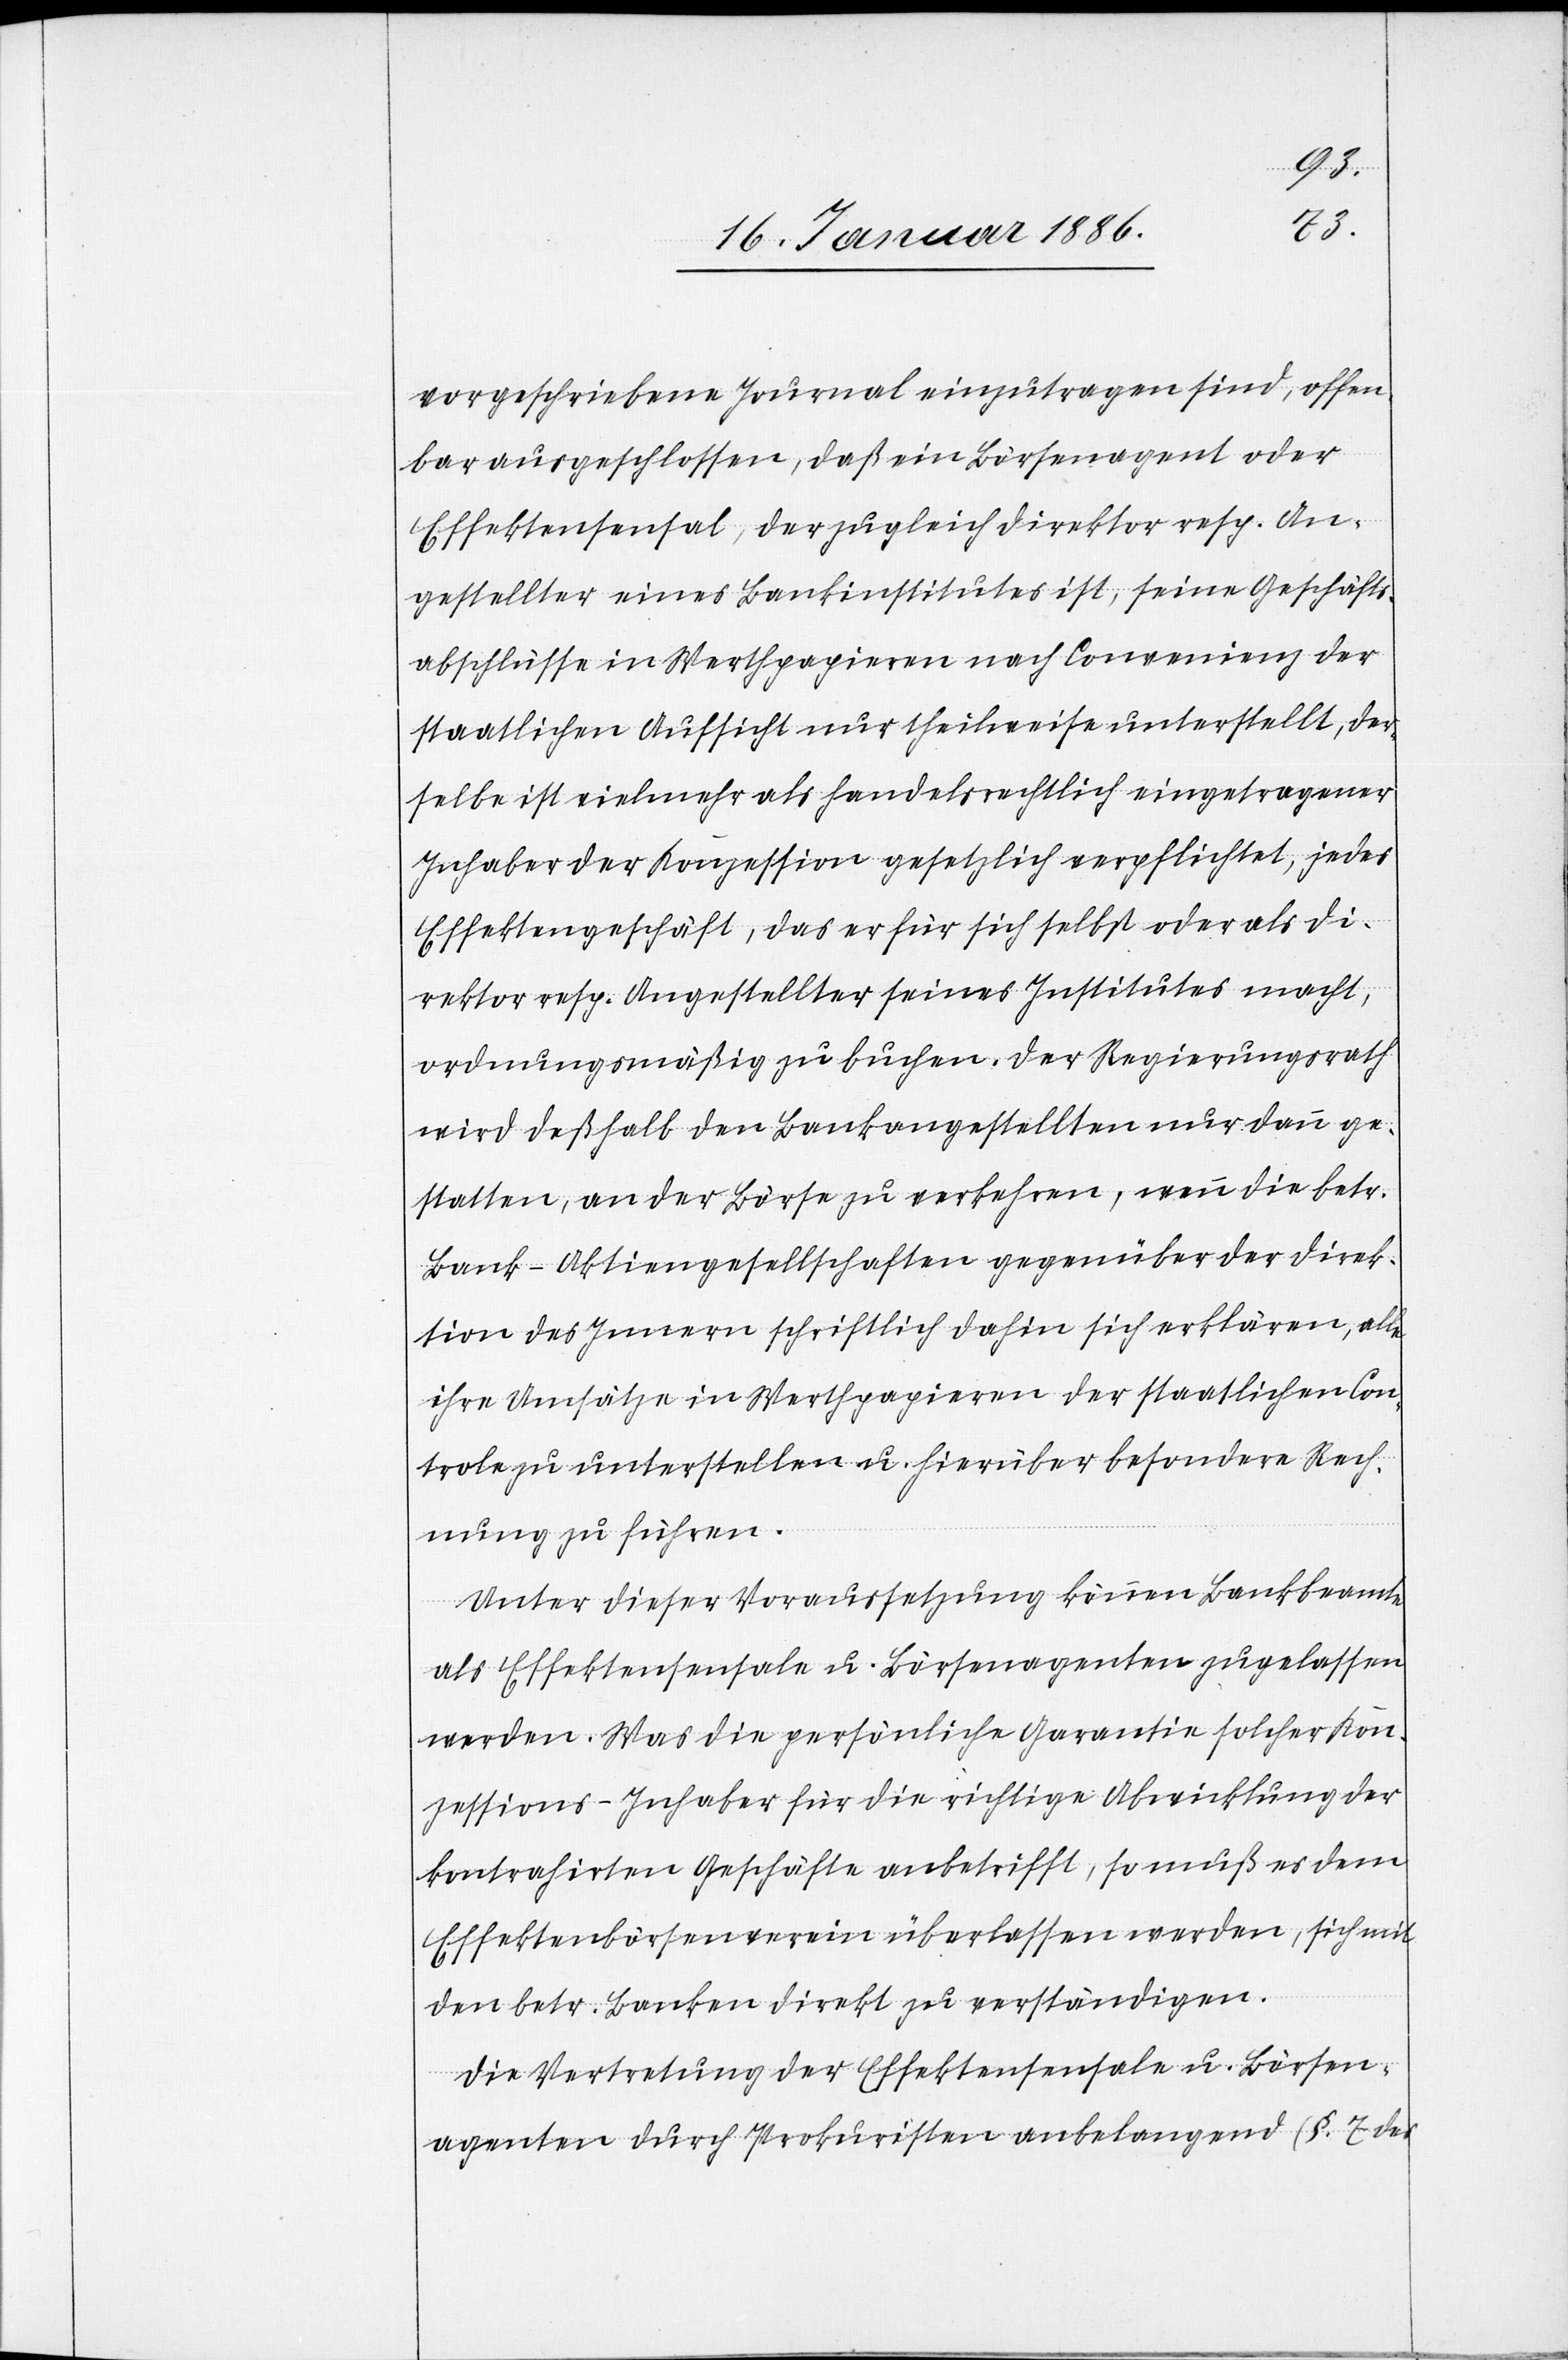
vorgeschriebene Journal einzutragen sind, offen¬
bar ausgeschlossen, daß ein Börsenagent oder
Effektensensal, der zugleich Direktor resp. An¬
gestellter eines Bankinstitutes ist, seinen Geschäfts¬
abschlüsse in Werthpapieren nach Convenienz der
staatlichen Aufsicht nur theilweise unterstellt, der¬
selbe ist vielmehr als handelsrechtlich eingetragener
Inhaber der Konzession gesetzlich verpflichtet, jedes
Effektengeschäft, das er für sich selbst oder als Di¬
rektor resp. Angestellter seines Institutes macht,
ordnungsmäßig zu buchen. Der Regierungsrath
wird deßhalb den Bankangestellten nur dann ge¬
statten, an der Börse zu verkehren, wenn die betr.
Bank-Aktiengesellschaft gegenüber der Direk¬
tion des Innern schriftlich dahin sich erklären, alle
ihre Umsätze in Werthpapieren der staatlichen Con¬
trole zu unterstellen u. hierüber besondere Rech¬
nung zu führen.
Unter dieser Voraussetzung können Bankbeamte
als Effektensensale u. Börsenagenten zugelassen
werden. Was die persönliche Garantie solcher Kon¬
zessions-Inhaber für die richtige Abwicklung der
kontrahirten Geschäfte anbetrifft, so muß es dem
Effektenbörsenverein überlassen werden, sich mit
den betr. Banken direkt zu verständigen.
Die Vertretung der Effektensensale u. Börsen¬
agenten durch Prokuristen anbelangend (§. 7 des